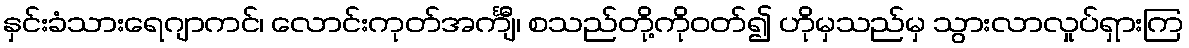
နှင်းခံသားရေဂျာကင်၊ လောင်းကုတ်အင်္ကျီ၊ စသည်တို့ကိုဝတ်၍ ဟိုမှသည်မှ သွားလာလှုပ်ရှားကြ